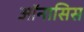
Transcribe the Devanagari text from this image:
ऑनासिस